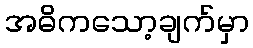
အဓိကသော့ချက်မှာ